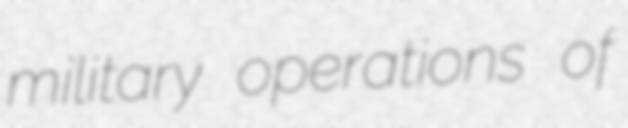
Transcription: military operations of